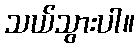
သယ်သွားပါ။